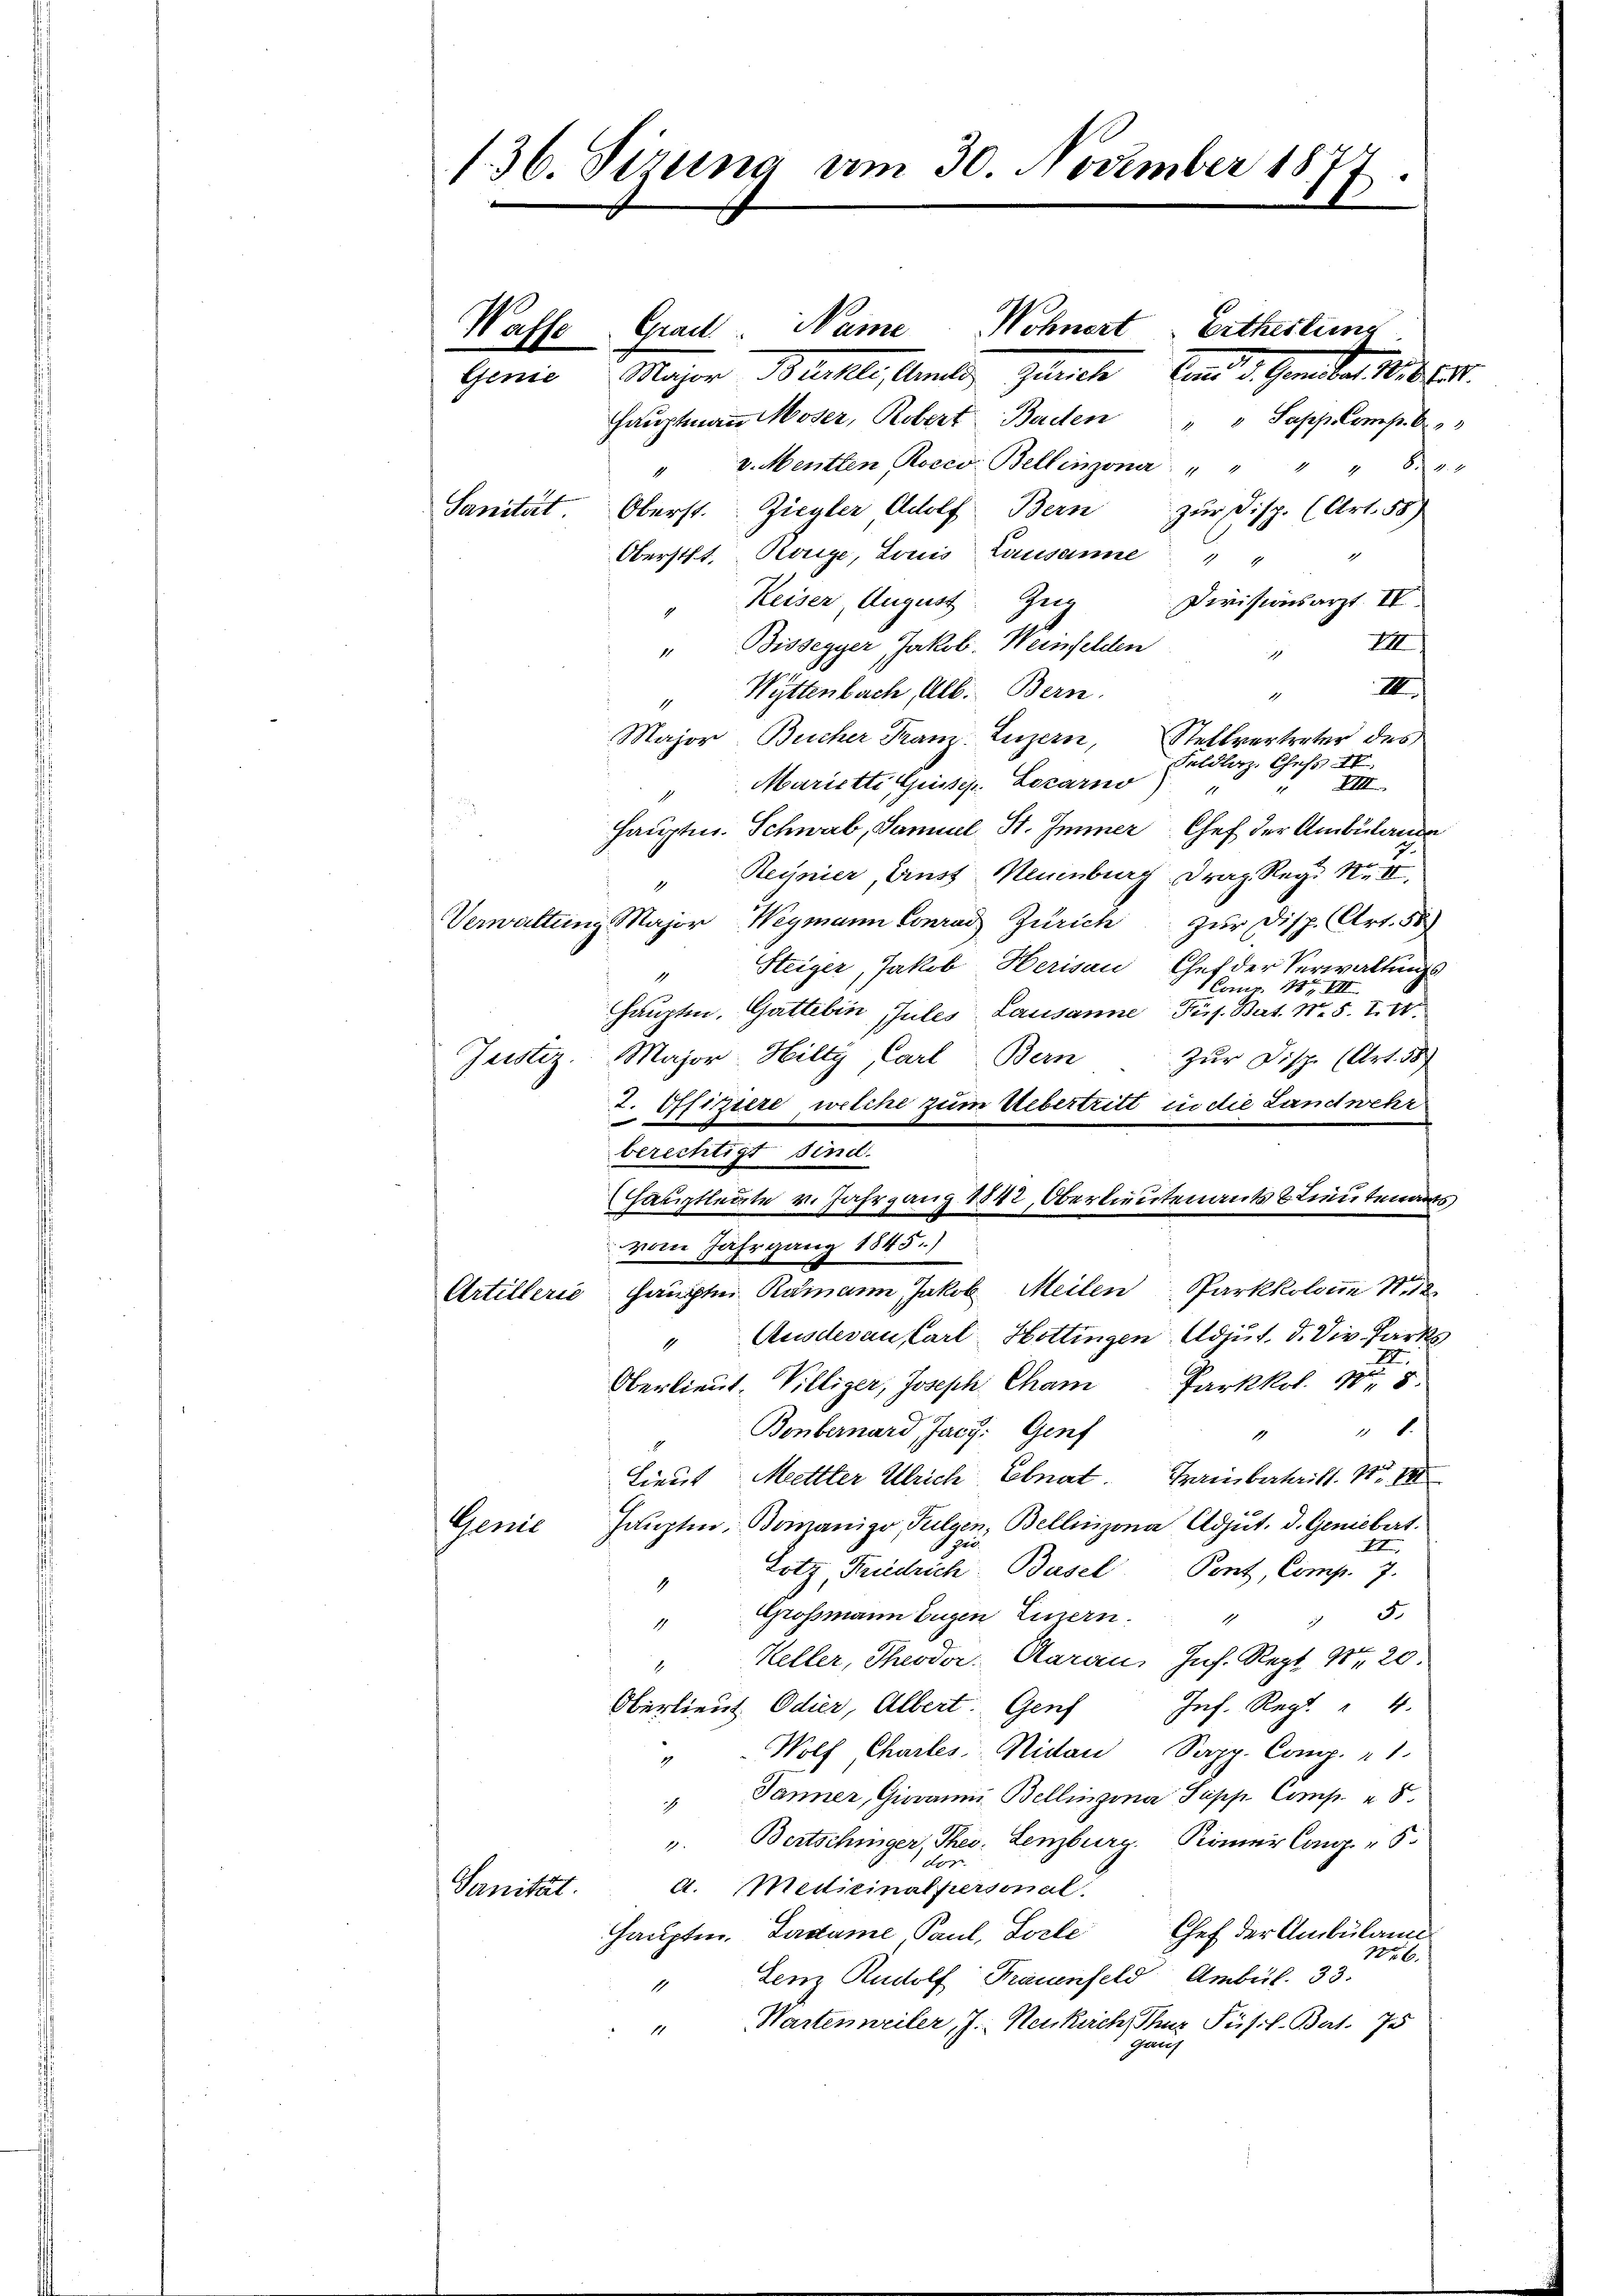
1. 36. Sizerna am 30. November 1877.

Hauptmann Moser, Robert Baden " " Sapp. Comp. 6
" v. Menten Rocco. Bellinzona. " " " " 82
Sanität. Oberst. Ziegler Adolf Bern zur Disp. (Art. 58)
Oberstl. Range, Louis Lausanne " "
1
Keiser, August Zeig
Divisionsarzt. IV
2
" Bissegger Jakob. Weinfelden
i
"Wyttenbach, Alb. Bern.
Major Bucher Franz Luzern, Stellvertreter des
Marietti Gusser. Locarno
1
1
Hauptm. Schwab, Samuel St. Immer Chef der Ambulande
Regnier, Aust Neuenburg, das Reg. R. II.
1
Verwaltung Major Wegmann Conrad Zürich
zur Disp. Art. 55)
Steiger, Jakob Herisau
Chef der Verwaltungs
1
1 Comp. 18, VII
hauptm. Gattibin Gutes Lausanne Pös. Bat. No. 5. 141
Justiz Major Hilty, Carl Bern
Zur Disp. (Art. 58
2. Offiziere, welche zum Uebertritt in die Landwehr
berechtigt sind.
Hauptleute v. Jahrgang 1842, Oberlieutenants Lieutenants
vom Jahrgang 1845.)
Artillerie Haupten Ramann Jakob Meilen Parkkolone N
" Ausdevan Carl Hottingen Adjut. d. Div. Parks
Oberlieut. Villiger, Joseph Cham Parkkol. 18
6.
Bonbernard, Jacy: Genf
1
Lieut. Mettler Ulrich Ebnat. Hambatail. 1
Haupten, Bomanigo, Fulgen, Bellinzona Adjut. d. Geniebert.
Genie
1 ge
II
Lotz Friedrich-Basel Pent, Comp. 7.
1
" Grossmann Eugen Luzern.
1 " 5.
Keller, Theodor Garan. Inf. Sept No 20.
1
Oberlieut Odier, Albert. Genf Inf. Rept. " 4.
Wolf, Chartes Nidau, Sapp. Comp. 21.
i
" Jänner, Giovanni, Bellingina Supp Comp. 5.
u. Bertschiger, Thes, Lenzburg, Kamer lang
pne
d. Medizinalpersonal
Sanität.
Hauptm. Ladame, Paul, Torte Chef der Ambulant
Nr. 6.
Lenz Rudolf Frauenfeld Ambül. 33.
1
Wartenweiler, J. Neukach, ohne Füsil. Bat. 75
1
Gruf

Waffe Grad. Name Nöhnert Erthestung
Genie Major Bürkli, Amtes Zürich, und d. Gember 181015.

III
1
Faldler, Chefs II.
XIII.
u